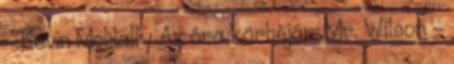
- Kevin McNally Az óra körbejár: Mr. Wilson -